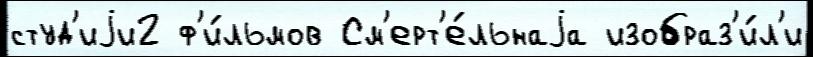
студ'иjи2 ф'и́льмов См'ерт'е́льнаjа изобраз'и́л'и